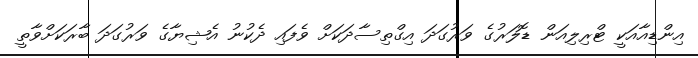
އިންޑިއާއަކީ ޓްރިލިއަން ޑޮލަރުގެ ވަރުގަދަ އިގްތިސާދަކަށް ވެފައި ދެކުނު އެޝިޔާގެ ވަރުގަދަ ބާރަކަށްވާތީ